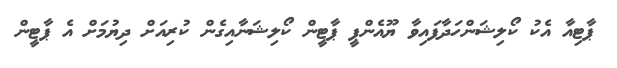
ޕާޓިއާ އެކު ކޯލިޝަންހަދާފައިވާ ޔޫއެންޕީ ޕާޓީން ކޯލިޝަނާއިގެން ކުރިއަށް ދިޔުމަށް އެ ޕާޓީން